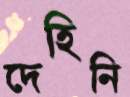
দেহিনি